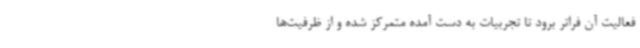
فعالیت آن فراتر برود تا تجربیات به دست آمده متمرکز شده و از ظرفیت‌ها